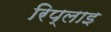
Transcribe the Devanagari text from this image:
रिप्लाइ